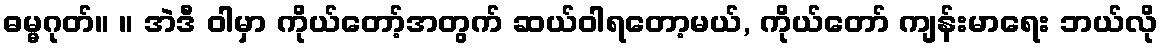
ဓမ္မဂုတ်။ ။ အဲဒီ ဝါမှာ ကိုယ်တော့်အတွက် ဆယ်ဝါရတော့မယ်, ကိုယ်တော် ကျန်းမာရေး ဘယ်လို